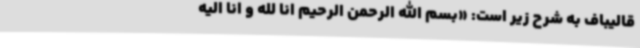
قالیباف به شرح زیر است: «بسم الله الرحمن الرحیم انا لله و انا الیه